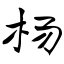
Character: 杨